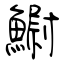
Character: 鳚